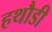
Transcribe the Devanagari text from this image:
हथौडी